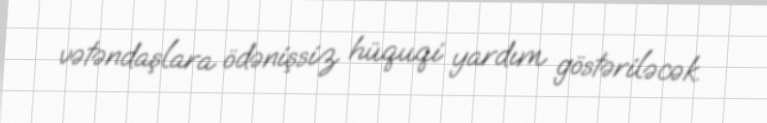
vətəndaşlara ödənişsiz hüquqi yardım göstəriləcək.